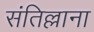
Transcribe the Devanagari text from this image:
संतिल्लाना